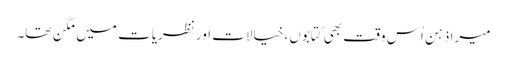
میرا ذہن اُس وقت بھی کتابوں، خیالات اور نظریات میں مگن تھا۔